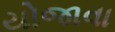
યોજાવા